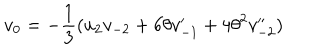
v _ { { 0 } } = - \frac { 1 } { 3 } ( u _ { 2 } v _ { - 2 } + 6 \theta v _ { - 1 } ^ { \prime } + 4 { \theta } ^ { 2 } v _ { - 2 } ^ { \prime \prime } )